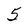
Character: 5